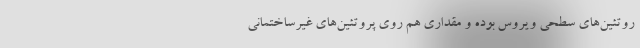
روتئین‌های سطحی ویروس بوده و مقداری هم روی پروتئین‌های غیرساختمانی